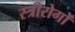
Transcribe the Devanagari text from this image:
स्त्रीरोगों